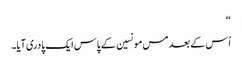
‘‘
اُس کے بعد مس مونسین کے پاس ایک پادری آیا۔